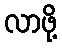
လာဖို့